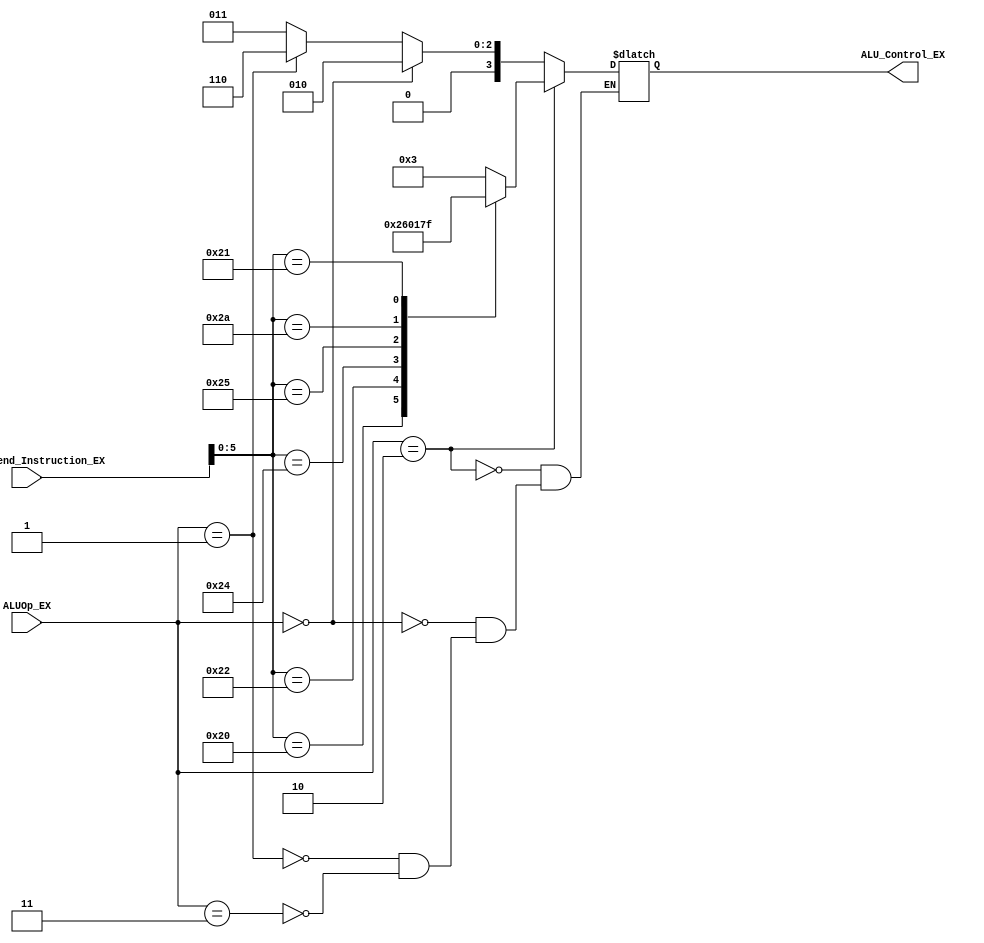
// Comments and desciption of modules have been deliberately ommitted.
// It is up to the student to document and describe the system.

module EX_ALU_Control(
		      input [31:0] Sign_Extend_Instruction_EX, // Note: You only need 6 bits of this.
		      input [1:0]  ALUOp_EX,
		      output reg [3:0] ALU_Control_EX
		      );

   parameter	Rtype 		=	2'b10,//this is a 2 bit paramter,
			//These are the function field paramters for Rtype. Use Fig 3.2 to complete
					Radd			=	6'b100000,
					Rsub			=	6'b100010,
					Rand			=	6'b100100,
					Ror			=	6'b100101,
					Rslt			=	6'b101010,
					Rmul			=  6'b100001;	//this is a function code of addu but we treat it as mul.s
	
	parameter	lwsw			=	2'b00,		//since LW and SW use the same bit pattern, only way to store them as a paramter
					Itype			=	2'b01,		// beq
					xis			=	6'bXXXXXX;
		
	
	parameter	ALUadd		=	4'b0010,
					ALUsub		=	4'b0110,
					ALUand		=	4'b0000,
					ALUor			=	4'b0001,
					ALUslt		=	4'b0111,
					ALUmul		=	4'b1111;
					
	parameter	unknown		=	2'b11,
					ALUx			=	4'b0011;
	
	initial
		ALU_Control_EX <= 0;
	
	always@* begin
		
		if (ALUOp_EX == Rtype)
		 begin
			case(Sign_Extend_Instruction_EX[5:0])
			   //assign the correct select value baesd on the function field.
				//Use Fig 3.2 to aid you in this.
				Radd:			ALU_Control_EX <= ALUadd;
				Rsub:			ALU_Control_EX <= ALUsub;
				Rand:			ALU_Control_EX <= ALUand;
				Ror:			ALU_Control_EX <= ALUor;
				Rslt:			ALU_Control_EX <= ALUslt;
				Rmul: 		ALU_Control_EX	<= ALUmul;
				default:		ALU_Control_EX <= ALUx;
			endcase
	    end
		 
		//For all Other Types. Use figure 3.2 to help you out. 
		//Feel free to reuse any of the paramters defined aove.
		
		else if (ALUOp_EX == lwsw)
      begin
			ALU_Control_EX <= ALUadd;
		end
		
		else if (ALUOp_EX == Itype)
      begin		
		   ALU_Control_EX <= ALUsub;
		end
		
		else if (ALUOp_EX == unknown)
	    begin	
   		ALU_Control_EX <= ALUx;
		end
		// Redundant for completness
		else
		 begin
			ALU_Control_EX <= ALU_Control_EX;			
	    end	
	end

endmodule // EX_ALU_Control